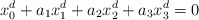
\begin{align*} x_0^d + a_1x_1^d+ a_2x_2^d+ a_3x_3^d = 0\end{align*}